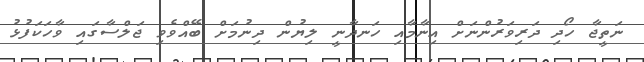
ނަތީޖާ ހޯދި ދަރިވަރުންނަށް އިނާމާއި ހަނދާނީ ލިޔުން ދިނުމަށް ބޭއްވެވި ޖަލްސާގައި ވާހަކަފުޅު